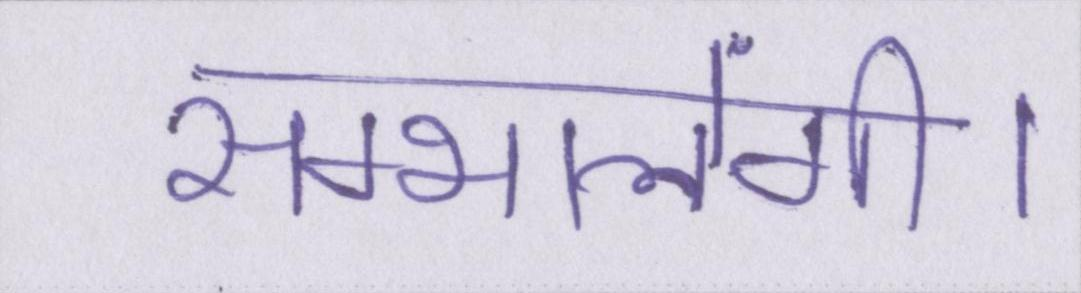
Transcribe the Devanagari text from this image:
सम्भालेंगी।